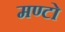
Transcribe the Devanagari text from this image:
मण्टो